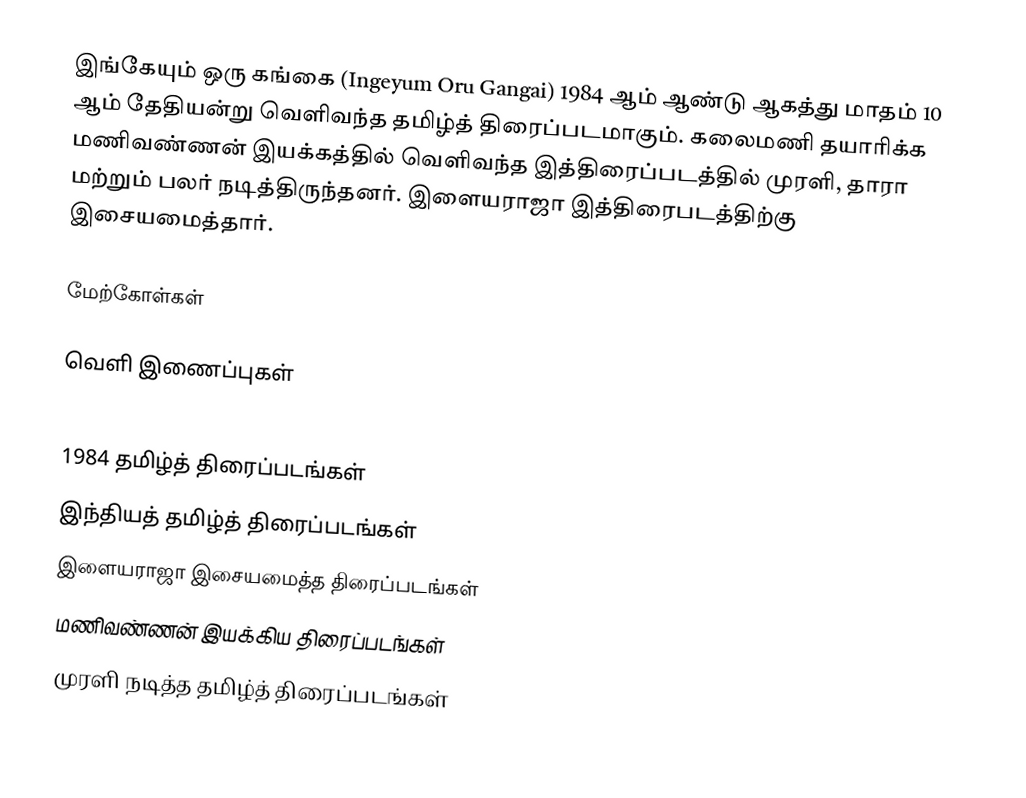
இங்கேயும் ஒரு கங்கை (Ingeyum Oru Gangai) 1984 ஆம் ஆண்டு ஆகத்து மாதம் 10 ஆம் தேதியன்று வெளிவந்த தமிழ்த் திரைப்படமாகும். கலைமணி தயாரிக்க மணிவண்ணன் இயக்கத்தில் வெளிவந்த இத்திரைப்படத்தில் முரளி, தாரா மற்றும் பலர் நடித்திருந்தனர். இளையராஜா இத்திரைபடத்திற்கு இசையமைத்தார்.

மேற்கோள்கள்

வெளி இணைப்புகள்

1984 தமிழ்த் திரைப்படங்கள்
இந்தியத் தமிழ்த் திரைப்படங்கள்
இளையராஜா இசையமைத்த திரைப்படங்கள்
மணிவண்ணன் இயக்கிய திரைப்படங்கள்
முரளி நடித்த தமிழ்த் திரைப்படங்கள்